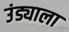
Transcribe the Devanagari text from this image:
उंड्याला